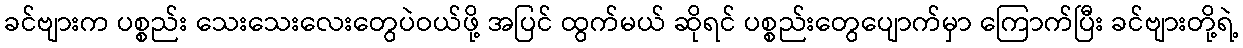
ခင်ဗျားက ပစ္စည်း သေးသေးလေးတွေပဲဝယ်ဖို့ အပြင် ထွက်မယ် ဆိုရင် ပစ္စည်းတွေပျောက်မှာ ကြောက်ပြီး ခင်ဗျားတို့ရဲ့